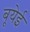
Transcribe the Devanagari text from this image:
बूयेई